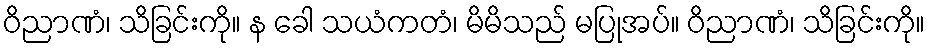
ဝိညာဏံ၊ သိခြင်းကို။ န ခေါ သယံကတံ၊ မိမိသည် မပြုအပ်။ ဝိညာဏံ၊ သိခြင်းကို။